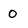
Character: o